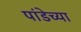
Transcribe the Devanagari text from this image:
पांडेच्या